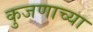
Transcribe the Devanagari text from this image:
कुजणाच्या